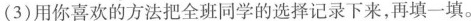
(3)用你喜欢的方法把全班同学的选择记录下来，再填一填。